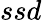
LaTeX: ssd